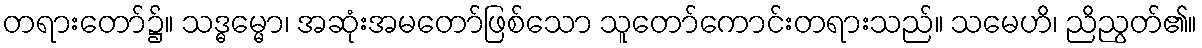
တရားတော်၌။ သဒ္ဓမ္မော၊ အဆုံးအမတော်ဖြစ်သော သူတော်ကောင်းတရားသည်။ သမေဟိ၊ ညိညွတ်၏။